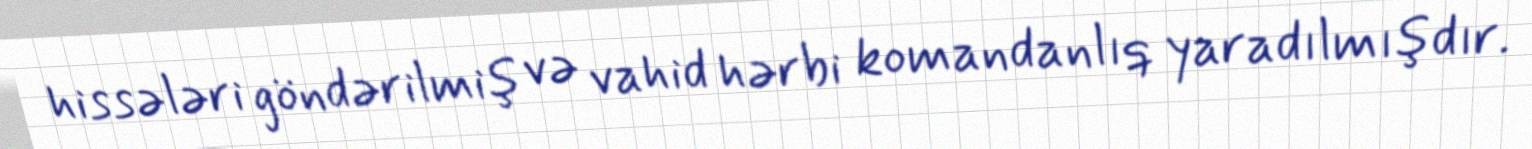
hissələri göndərilmiş və vahid hərbi komandanlıq yaradılmışdır.